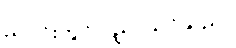
ညပိုင်းတွင် ပညာသင်သည်။